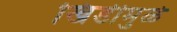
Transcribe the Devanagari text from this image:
खिंडीमुळे